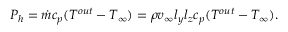
P _ { h } = \dot { m } c _ { p } ( T ^ { o u t } - T _ { \infty } ) = \rho v _ { \infty } l _ { y } l _ { z } c _ { p } ( T ^ { o u t } - T _ { \infty } ) .